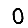
Digit: 0